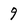
Character: 9